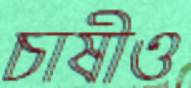
চাষীও